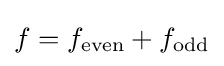
f=f_{\text{even}}+f_{\text{odd}}